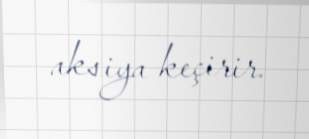
aksiya keçirir.